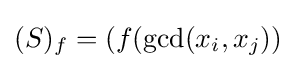
(S)_{f}=(f(\gcd(x_{i},x_{j}))